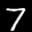
Label: 7